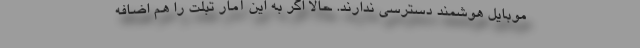
موبایل هوشمند دسترسی ندارند. حالا اگر به این آمار تبلت را هم اضافه